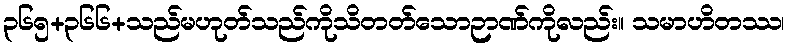
၃၆၅+၃၆၆+သည်မဟုတ်သည်ကိုသိတတ်သောဉာဏ်ကိုလည်း။ သမာဟိတဿ၊